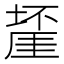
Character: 𱗴